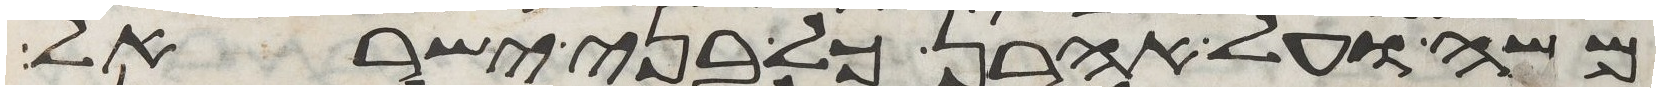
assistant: משה ועל אהרן כל בני ישראל